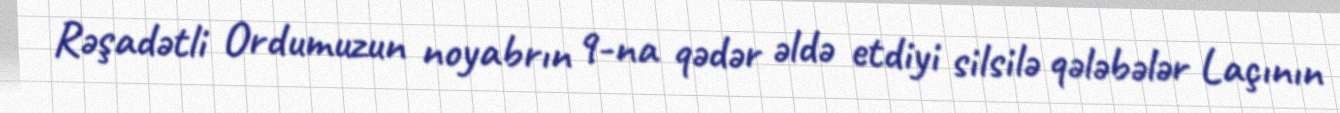
Rəşadətli Ordumuzun noyabrın 9-na qədər əldə etdiyi silsilə qələbələr Laçının